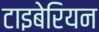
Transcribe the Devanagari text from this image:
टाइबेरियन